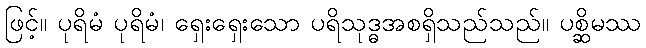
ဖြင့်။ ပုရိမံ ပုရိမံ၊ ရှေးရှေးသော ပရိသုဒ္ဓအစရှိသည်သည်။ ပစ္ဆိမဿ